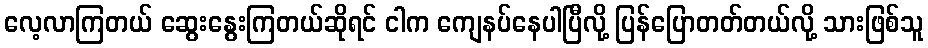
လေ့လာကြတယ် ဆွေးနွေးကြတယ်ဆိုရင် ငါက ကျေနပ်နေပါပြီလို့ ပြန်ပြောတတ်တယ်လို့ သားဖြစ်သူ